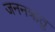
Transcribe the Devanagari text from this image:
जननऋतु